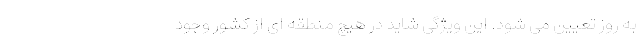
به روز تعیین می شود. این ویژگی شاید در هیچ منطقه ای از کشور وجود